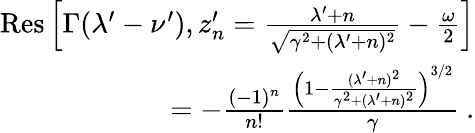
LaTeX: \begin{array}{r}{\mathrm{Res}\left[\Gamma(\lambda^{\prime}-\nu^{\prime}),z_{n}^{\prime}=\frac{\lambda^{\prime}+n}{\sqrt{\gamma^{2}+(\lambda^{\prime}+n)^{2}}}-\frac{\omega}{2}\right]}\\ {=-\frac{(-1)^{n}}{n!}\frac{\left(1-\frac{(\lambda^{\prime}+n)^{2}}{\gamma^{2}+(\lambda^{\prime}+n)^{2}}\right)^{3/2}}{\gamma}~.}\end{array}